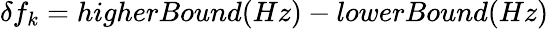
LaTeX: \begin{array}{r}{\delta f_{k}=higherBound(Hz)-lowerBound(Hz)}\end{array}